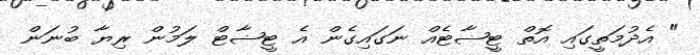
" އެދުމަތީގައި އޮތް ޓީޟާޓެއް ނަގައިގެން އެ ޓީޟާޓް ލަމުން ރިޔާ ބުނަން